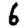
Digit: 6